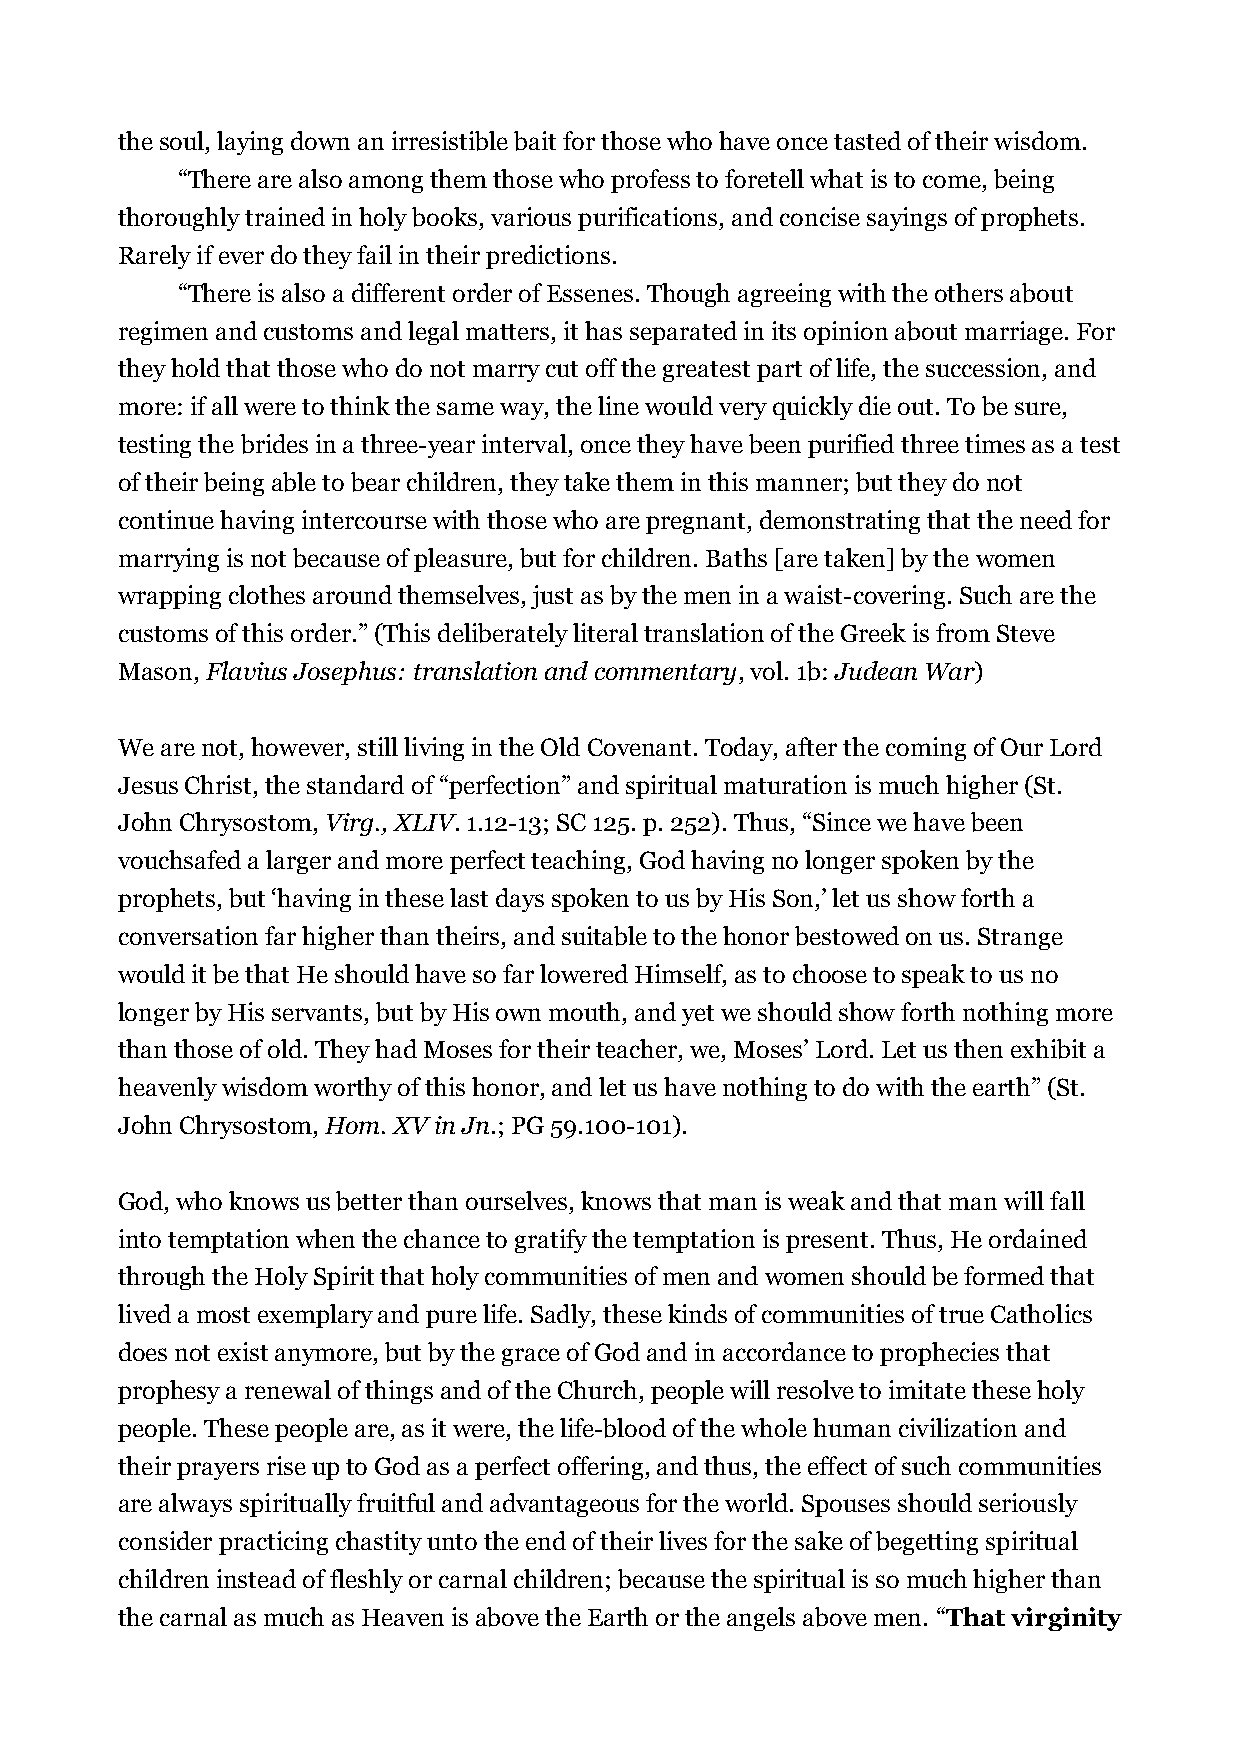
the soul, laying down an irresistible bait for those who have once tasted of their wisdom.
 “There are also among them those who profess to foretell what is to come, being
 thoroughly trained in holy books, various purifications, and concise sayings of prophets.
 Rarely if ever do they fail in their predictions.
 “There is also a different order of Essenes. Though agreeing with the others about
 regimen and customs and legal matters, it has separated in its opinion about marriage. For
 they hold that those who do not marry cut off the greatest part of life, the succession, and
 more: if all were to think the same way, the line would very quickly die out. To be sure,
 testing the brides in a three-year interval, once they have been purified three times as a test
 of their being able to bear children, they take them in this manner; but they do not
 continue having intercourse with those who are pregnant, demonstrating that the need for
 marrying is not because of pleasure, but for children. Baths [are taken] by the women
 wrapping clothes around themselves, just as by the men in a waist-covering. Such are the
 customs of this order.” (This deliberately literal translation of the Greek is from Steve
 Mason, Flavius Josephus: translation and commentary, vol. 1b: Judean War)
 We are not, however, still living in the Old Covenant. Today, after the coming of Our Lord
 Jesus Christ, the standard of “perfection” and spiritual maturation is much higher (St.
 John Chrysostom, Virg., XLIV. 1.12-13; SC 125. p. 252). Thus, “Since we have been
 vouchsafed a larger and more perfect teaching, God having no longer spoken by the
 prophets, but ‘having in these last days spoken to us by His Son,’ let us show forth a
 conversation far higher than theirs, and suitable to the honor bestowed on us. Strange
 would it be that He should have so far lowered Himself, as to choose to speak to us no
 longer by His servants, but by His own mouth, and yet we should show forth nothing more
 than those of old. They had Moses for their teacher, we, Moses’ Lord. Let us then exhibit a
 heavenly wisdom worthy of this honor, and let us have nothing to do with the earth” (St.
 John Chrysostom, Hom. XV in Jn.; PG 59.100-101).
 God, who knows us better than ourselves, knows that man is weak and that man will fall
 into temptation when the chance to gratify the temptation is present. Thus, He ordained
 through the Holy Spirit that holy communities of men and women should be formed that
 lived a most exemplary and pure life. Sadly, these kinds of communities of true Catholics
 does not exist anymore, but by the grace of God and in accordance to prophecies that
 prophesy a renewal of things and of the Church, people will resolve to imitate these holy
 people. These people are, as it were, the life-blood of the whole human civilization and
 their prayers rise up to God as a perfect offering, and thus, the effect of such communities
 are always spiritually fruitful and advantageous for the world. Spouses should seriously
 consider practicing chastity unto the end of their lives for the sake of begetting spiritual
 children instead of fleshly or carnal children; because the spiritual is so much higher than
 the carnal as much as Heaven is above the Earth or the angels above men. “That virginity